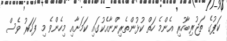
ކަޕުގެ ތަޖުރިބާހުރި އެންމެ ހަތް ކުޅުންތެރިންނާއެކުގައި ކަމަށާއި މިހެންވެ މި ފަހަރު ވެސް